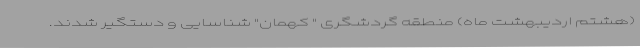
(هشتم اردیبهشت ماه) منطقه گردشگری " کهمان" شناسایی و دستگیر شدند.